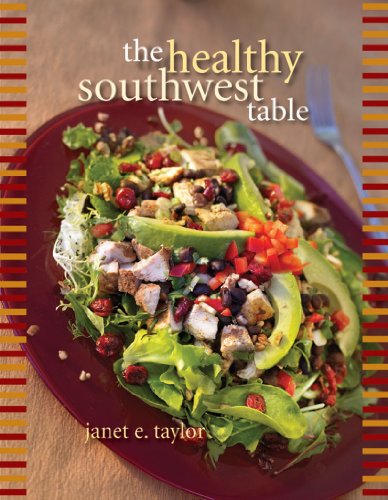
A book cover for The Healthy Southwest Table; Janet E. Taylor; Cookbooks, Food & Wine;